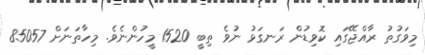
މިވަގުތު ރާއްޖޭގައި ކޮވިޑުން ރަނގަޅު ނުވެ ތިބީ 1520 މީހުންނެވެ. މިހާތަނަށް 85057